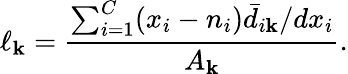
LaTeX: \ell_{\mathbf{k}}=\frac{{\sum_{i=1}^{C}(x_{i}-n_{i})\bar{{d}}_{i\mathbf{k}}/dx_{i}}}{{A_{\mathbf{k}}}}.